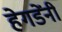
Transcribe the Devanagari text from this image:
हेगडेंनी